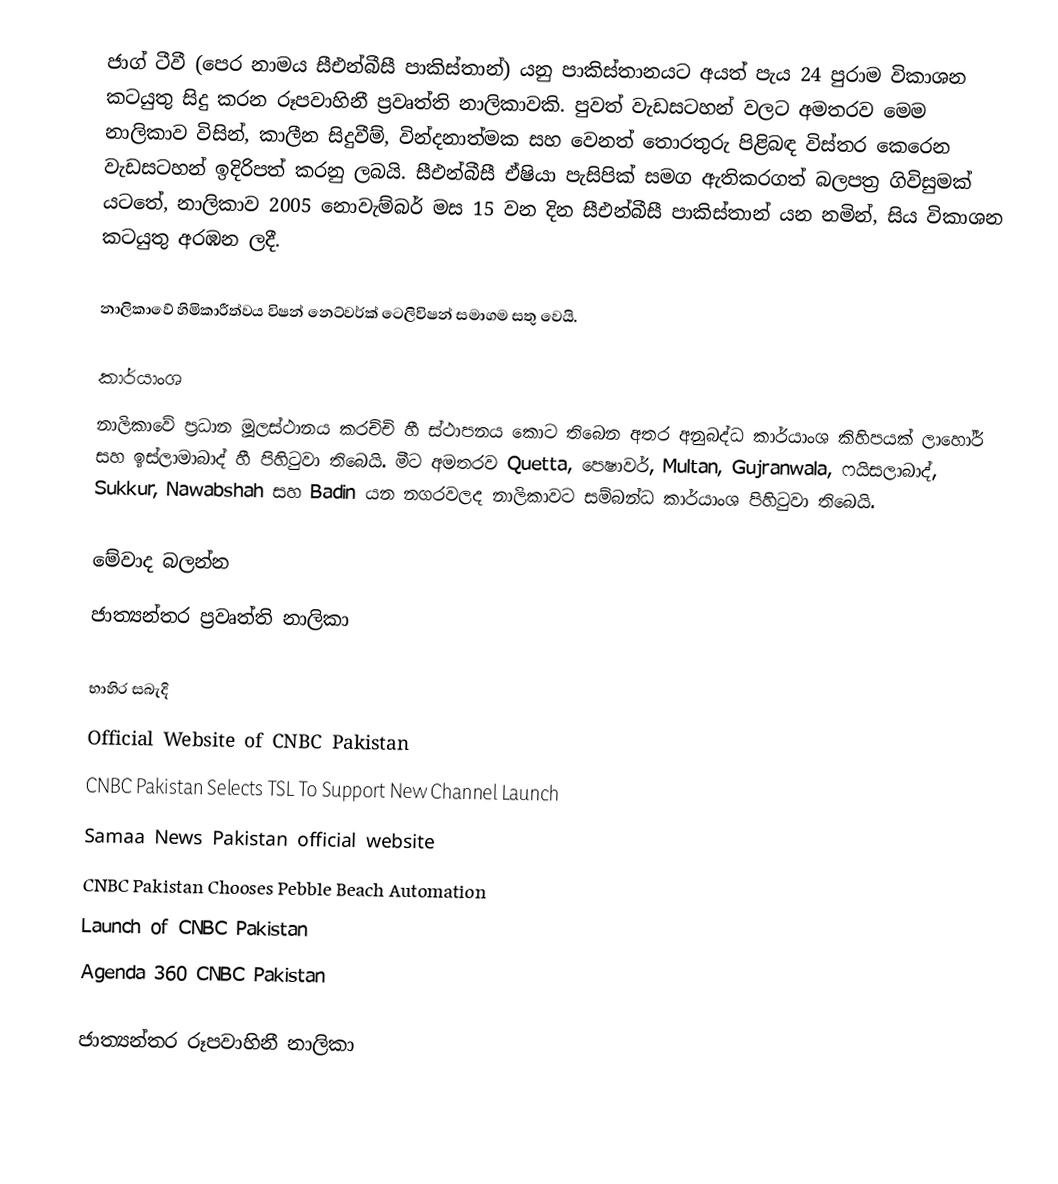
ජාග් ටීවී (පෙර නාමය සීඑන්බීසී පාකිස්තාන්) යනු පාකිස්තානයට අයත් පැය 24 පුරාම විකාශන කටයුතු සිදු කරන රූපවාහිනී ප්‍රවෘත්ති නාලිකාවකි. පුවත් වැඩසටහන් වලට අමතරව මෙම නාලිකාව විසින්, කාලීන සිදුවීම්, වින්දනාත්මක සහ වෙනත් තොරතුරු පිළිබඳ විස්තර කෙරෙන වැඩසටහන් ඉදිරිපත් කරනු ලබයි. සීඑන්බීසී ඒෂියා පැසිපික් සමග ඇතිකරගත් බලපත්‍ර ගිවිසුමක් යටතේ, නාලිකාව 2005 නොවැම්බර් මස 15 වන දින සීඑන්බීසී පාකිස්තාන් යන නමින්, සිය විකාශන කටයුතු අරඹන ලදී.

නාලිකාවේ හිමිකාරීත්වය විෂන් නෙට්වර්ක් ටෙලිවිෂන් සමාගම සතු වෙයි.

කාර්යාංශ
නාලිකාවේ ප්‍රධාන මූලස්ථානය කරච්චි හී ස්ථාපනය කොට තිබෙන අතර අනුබද්ධ කාර්යාංශ කිහිපයක් ලාහෝර් සහ ඉස්ලාමාබාද් හී පිහිටුවා තිබෙයි. මීට අමතරව Quetta, පෙෂාවර්, Multan, Gujranwala, ෆයිසලාබාද්, Sukkur, Nawabshah සහ Badin යන නගරවලද නාලිකාවට සම්බන්ධ කාර්යාංශ පිහිටුවා තිබෙයි.

මේවාද බලන්න
 ජාත්‍යන්තර ප්‍රවෘත්ති නාලිකා

භාහිර සබැදි
Official Website of CNBC Pakistan
CNBC Pakistan Selects TSL To Support New Channel Launch
Samaa News Pakistan official website
CNBC Pakistan Chooses Pebble Beach Automation
Launch of CNBC Pakistan
Agenda 360 CNBC Pakistan

ජාත්‍යන්තර රූපවාහිනී නාලිකා